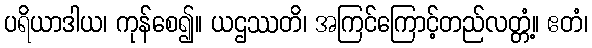
ပရိယာဒါယ၊ ကုန်စေ၍။ ယဌဿတိ၊ အကြင်ကြောင့်တည်လတ္တံ့။ ဧတံ၊